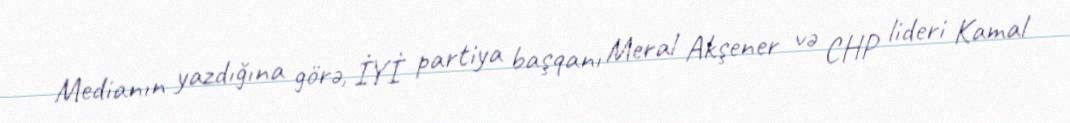
Medianın yazdığına görə, İYİ partiya başqanı Meral Akşener və CHP lideri Kamal